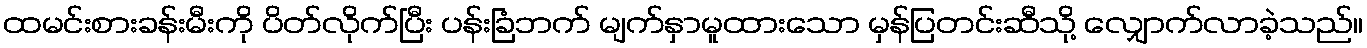
ထမင်းစားခန်းမီးကို ပိတ်လိုက်ပြီး ပန်းခြံဘက် မျက်နှာမူထားသော မှန်ပြတင်းဆီသို့ လျှောက်လာခဲ့သည်။